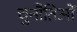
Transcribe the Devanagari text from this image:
चुनौतिओं